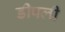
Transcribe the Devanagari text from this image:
डीपली